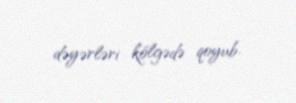
dəyərləri kölgədə qoyub.